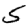
Digit: 5